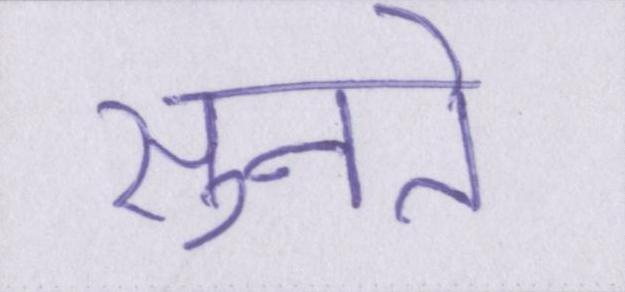
सुनते